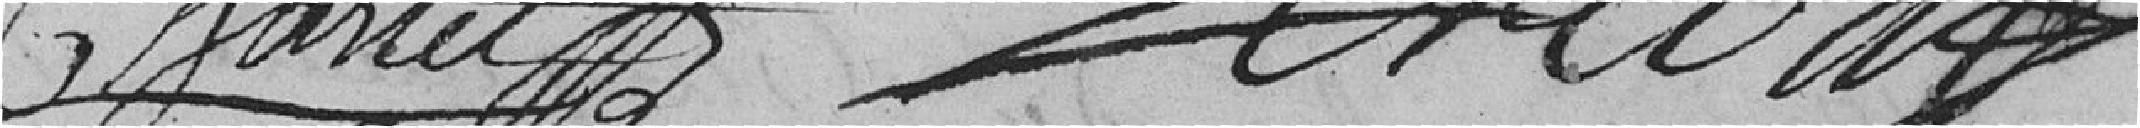
GHARTET